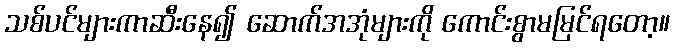
သစ်ပင်များကာဆီးနေ၍ ဆောက်အအုံများကို ကောင်းစွာမမြင်ရတော့။